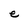
Character: e